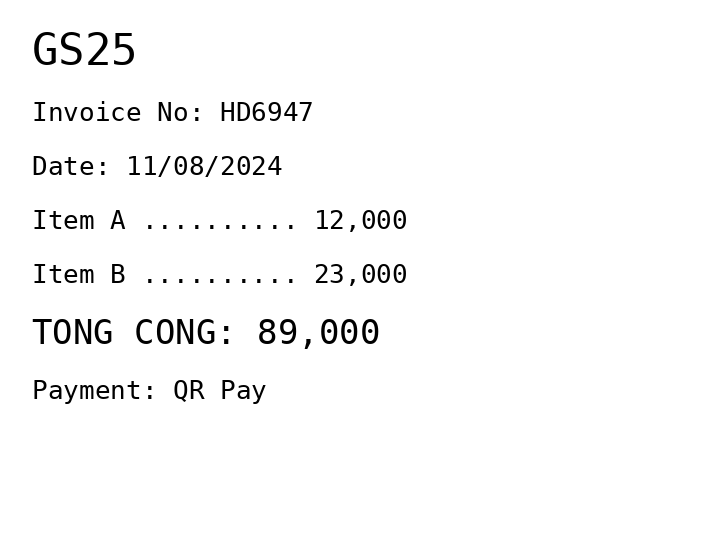
GS25
Invoice No: HD6947
Date: 11/08/2024
Item A .......... 12,000
Item B .......... 23,000
TONG CONG: 89,000
Payment: QR Pay
Merchant: gs25
Date: 2024-08-11
Total: 89000
Invoice No: HD6947
Payment method: QR